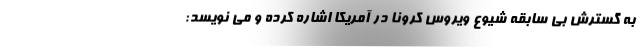
به گسترش بی سابقه شیوع ویروس کرونا در آمریکا اشاره کرده و می نویسد: